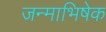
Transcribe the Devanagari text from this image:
जन्माभिषेक